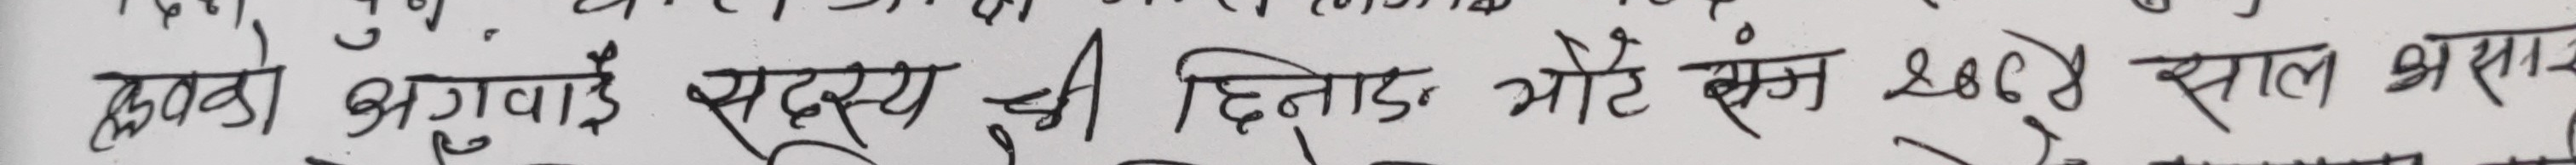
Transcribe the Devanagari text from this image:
लकवा झुगाउँदै सदस्य झोद्धाड भोटे क्रम २०४६ साल भरसक